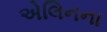
એલિનના